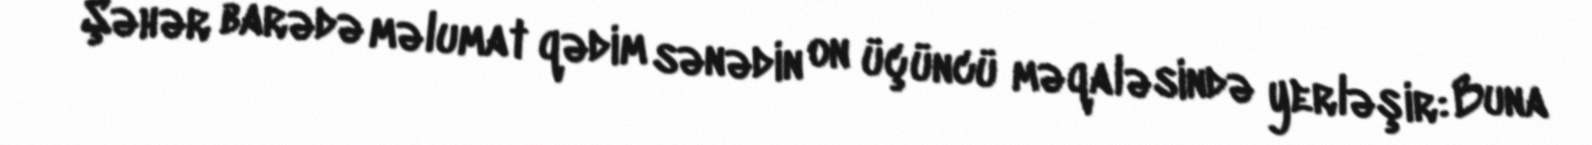
Şəhər barədə məlumat qədim sənədin on üçüncü məqaləsində yerləşir: Buna